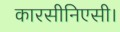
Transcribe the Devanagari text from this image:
कारसीनिएसी।